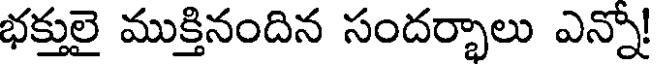
భక్తులై ముక్తినందిన సందర్భాలు ఎన్నో!